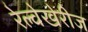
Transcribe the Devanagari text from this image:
रेल्वेखेरीज